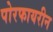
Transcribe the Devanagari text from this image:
पोरफायरीन